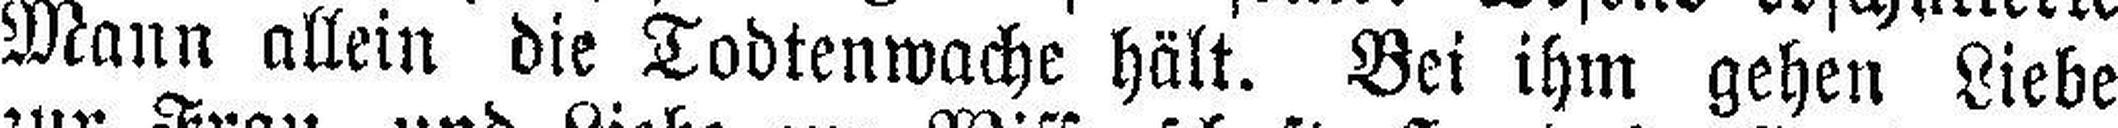
Mann allein die Todtenwache hält. Bei ihm gehen Liebe